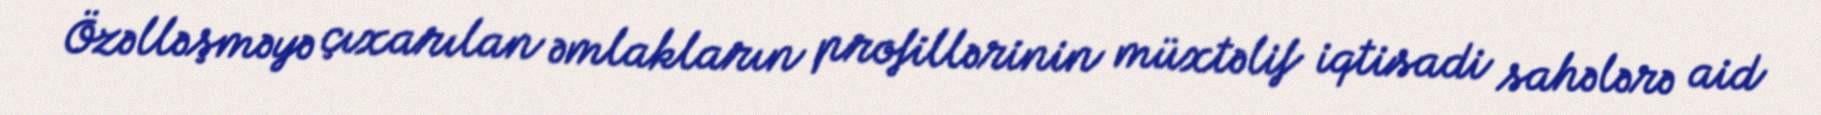
Özəlləşməyə çıxarılan əmlakların profillərinin müxtəlif iqtisadi sahələrə aid